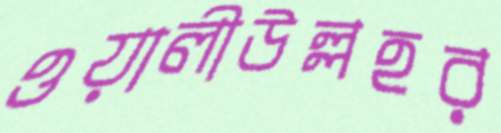
ওয়ালীউল্লহর